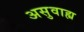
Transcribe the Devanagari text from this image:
असुवाह्य